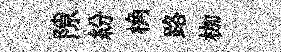
隙紛桷路枷